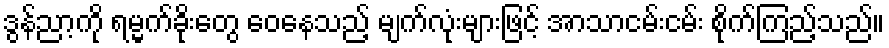
ဒွန်ညာ့ကို ရမ္မက်ခိုးတွေ ဝေနေသည့် မျက်လုံးများဖြင့် အာသာငမ်းငမ်း စိုက်ကြည့်သည်။